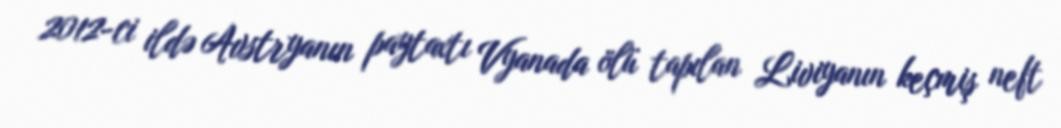
2012-ci ildə Avstryanın paytaxtı Vyanada ölü tapılan Liviyanın keçmiş neft